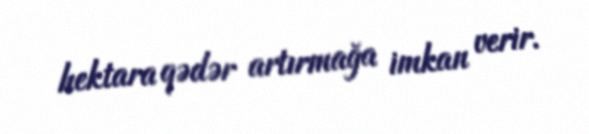
hektara qədər artırmağa imkan verir.